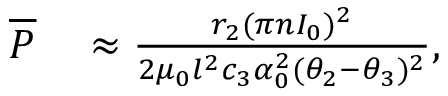
\begin{array} { r l } { \overline { P } } & { { } \approx \frac { r _ { 2 } ( \pi n I _ { 0 } ) ^ { 2 } } { 2 \mu _ { 0 } l ^ { 2 } c _ { 3 } \alpha _ { 0 } ^ { 2 } ( \theta _ { 2 } - \theta _ { 3 } ) ^ { 2 } } , } \end{array}